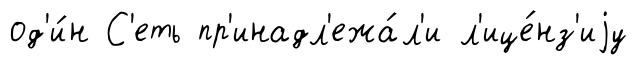
од'и́н С'еть пр'инадл'ежа́л'и л'ице́нз'иjу